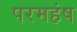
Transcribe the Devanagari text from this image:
परमहंष